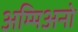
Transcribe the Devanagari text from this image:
अम्मिअनो